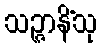
သဉ္ဇာနိံသု